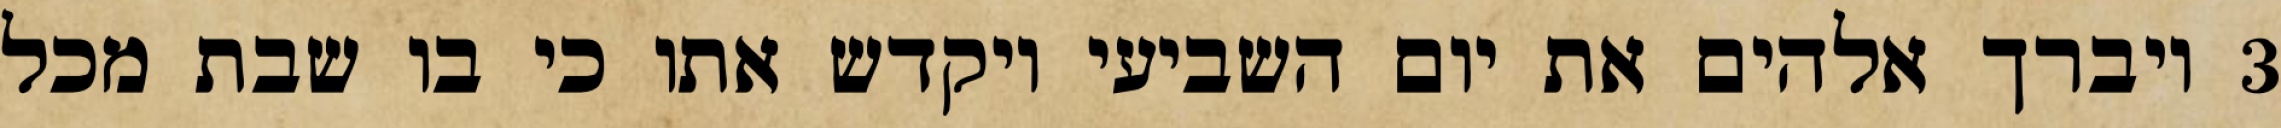
‎3‏ ויברך אלהים את יום השביעי ויקדש אתו כי בו שבת מכל